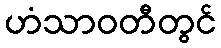
ဟံသာဝတီတွင်